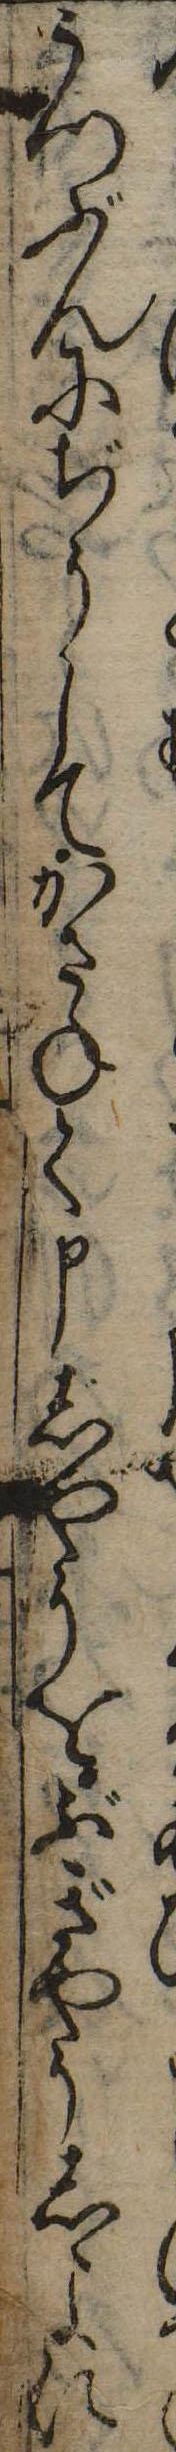
うつぶんにぢうしてかさねて申しやうをぶぎやうしよに